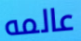
عالمه